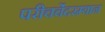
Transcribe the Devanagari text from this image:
परीचर्चेदरम्यान